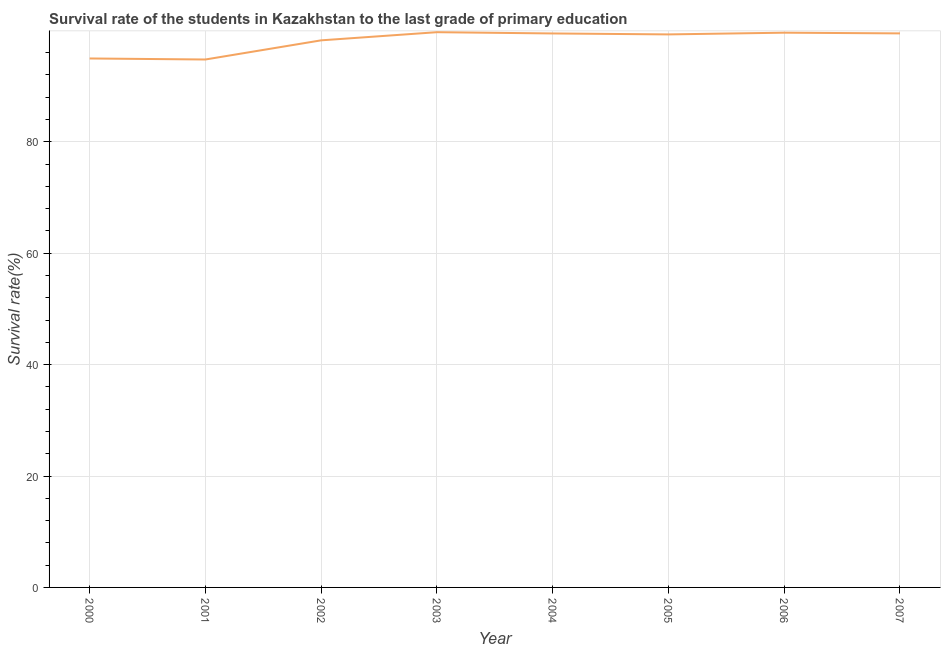
| Year | Primary Education |
 | --- | --- |
 | 2000 | 95 |
 | 2001 | 94.8 |
 | 2002 | 98.2 |
 | 2003 | 99.7 |
 | 2004 | 99.4 |
 | 2005 | 99.3 |
 | 2006 | 99.6 |
 | 2007 | 99.5 |